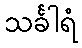
သင်္ခါရံ